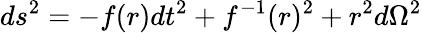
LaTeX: ds^{2}=-f(r)dt^{2}+f^{-1}(r)^{2}+r^{2}d\Omega^{2}